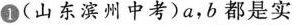
1 (山东滨州中考)a，b都是实